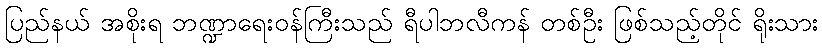
ပြည်နယ် အစိုးရ ဘဏ္ဍာရေးဝန်ကြီးသည် ရီပါဘလီကန် တစ်ဦး ဖြစ်သည့်တိုင် ရိုးသား